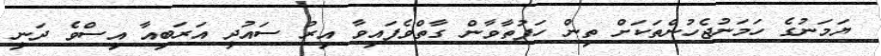
ޔަމަނުގެ ހަމަނުޖެހުންތަކަށް ތިން ހަފުތާވާން ގާތްވެފައިވާ އިރު ސައުދީ އަރަބިއާ އިސްވެ ދަނީ